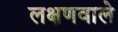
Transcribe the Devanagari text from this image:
लक्षणवाले